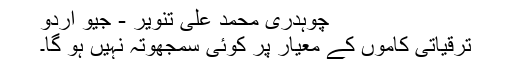
چوہدری محمد علی تنویر - جیو اردو
ترقیاتی کاموں کے معیار پر کوئی سمجھوتہ نہیں ہو گا۔